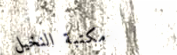
مكتبة النخيل